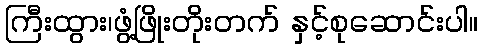
ကြီးထွား၊ဖွံ့ဖြိုးတိုးတက် နှင့်စုဆောင်းပါ။